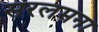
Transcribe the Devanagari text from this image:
सरलमना